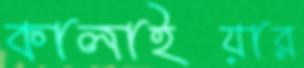
কালাইয়ার